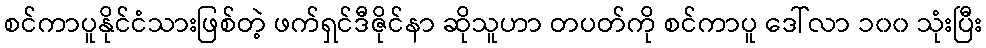
စင်ကာပူနိုင်ငံသားဖြစ်တဲ့ ဖက်ရှင်ဒီဇိုင်နာ ဆိုသူဟာ တပတ်ကို စင်ကာပူ ဒေါ်လာ ၁၀၀ သုံးပြီး